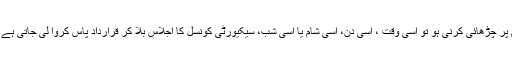
افغانستان، عراق، لیبیا یا شام پر چڑھائی کرنی ہو تو اسی وقت ، اسی دن، اسی شام یا اسی شب، سیکیورٹی کونسل کا اجلاس بلا کر قرارداد پاس کروا لی جاتی ہے کہ ”حملے کی اجازت ہے“۔